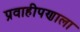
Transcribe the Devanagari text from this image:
प्रवाहीपणाला